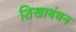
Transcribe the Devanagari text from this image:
शिखाबंधन